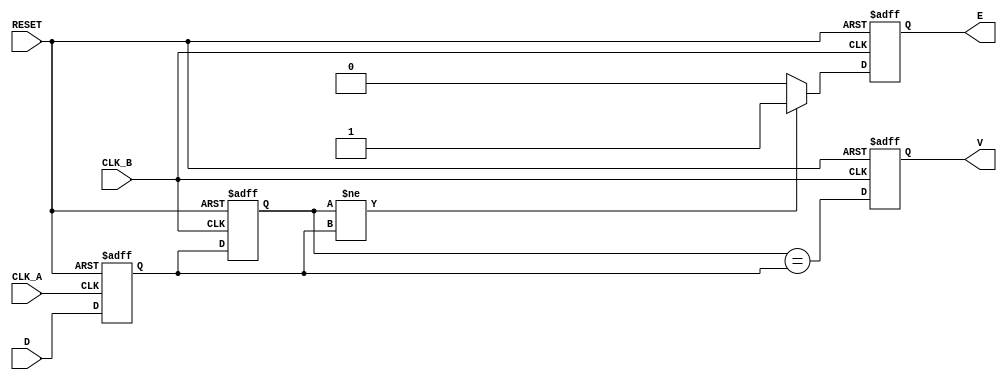
module cdc_detector (
    input wire D,          // Asynchronous data signal
    input wire CLK_A,     // Clock for Domain A
    input wire CLK_B,     // Clock for Domain B
    input wire RESET,     // Asynchronous reset signal
    output reg V,         // Valid signal
    output reg E          // Error signal
);

    reg sampled_A;        // Sampled signal from Domain A
    reg sampled_B;        // Sampled signal from Domain B

    // First flip-flop sampling the data signal on CLK_A
    always @(posedge CLK_A or posedge RESET) begin
        if (RESET) begin
            sampled_A <= 1'b0;
        end else begin
            sampled_A <= D;  // Capture D on the rising edge of CLK_A
        end
    end

    // Second flip-flop sampling the output of the first flip-flop on CLK_B
    always @(posedge CLK_B or posedge RESET) begin
        if (RESET) begin
            sampled_B <= 1'b0;
            V <= 1'b0;
            E <= 1'b0;
        end else begin
            sampled_B <= sampled_A;  // Capture sampled_A on the rising edge of CLK_B

            // Validate if the sampled signal is stable
            V <= (sampled_B == sampled_A);

            // Error detection: if the sampled signal changes, set error flag
            if (sampled_B != sampled_A) begin
                E <= 1'b1;  // Set error flag if a change is detected
            end else begin
                E <= 1'b0;  // Clear error flag if stable
            end
        end
    end

endmodule